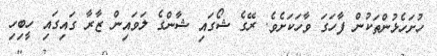
ހުށަހެޅުންތަކުން ފާހަގަ ވާހަކަށެވެ. ރޭގެ ޝޯގައި ޝާންގެ ލަވައިން ޒާރާ ގައިގައި ހީބިހި